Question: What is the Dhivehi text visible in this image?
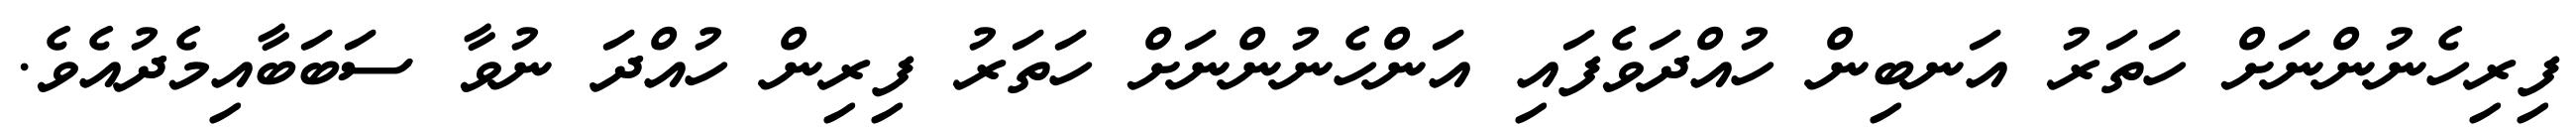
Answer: ފިރިހެނުންނަށް ހަތަރު އަނބިން ހުއްދަވެފައި އަންހެނުންނަށް ހަތަރު ފިރިން ހުއްދަ ނުވާ ސަބަބާއިމެދުއެވެ.